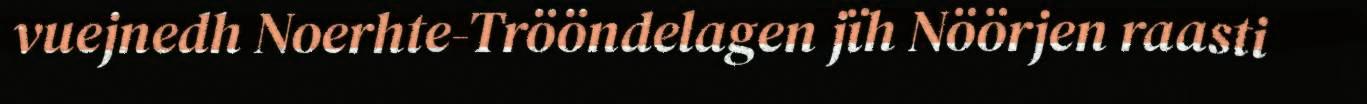
vuejnedh Noerhte-Trööndelagen jïh Nöörjen raasti